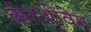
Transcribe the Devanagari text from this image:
बीटथोवेन